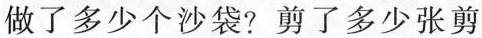
做了多少个沙袋?剪了多少张剪